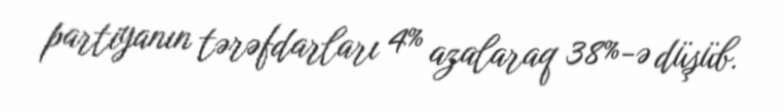
partiyanın tərəfdarları 4% azalaraq 38%-ə düşüb.